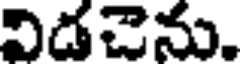
విడచెను.